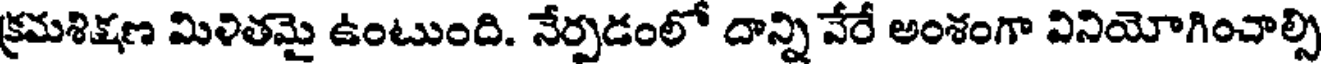
క్రమశిక్షణ మిళితమై ఉంటుంది. నేర్పడంలో దాన్ని వేరే అంశంగా వినియోగించాల్సి